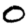
Digit: 0